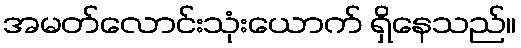
အမတ်လောင်းသုံးယောက် ရှိနေသည်။